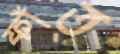
ফাঁত্